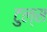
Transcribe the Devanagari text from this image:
टुल्स